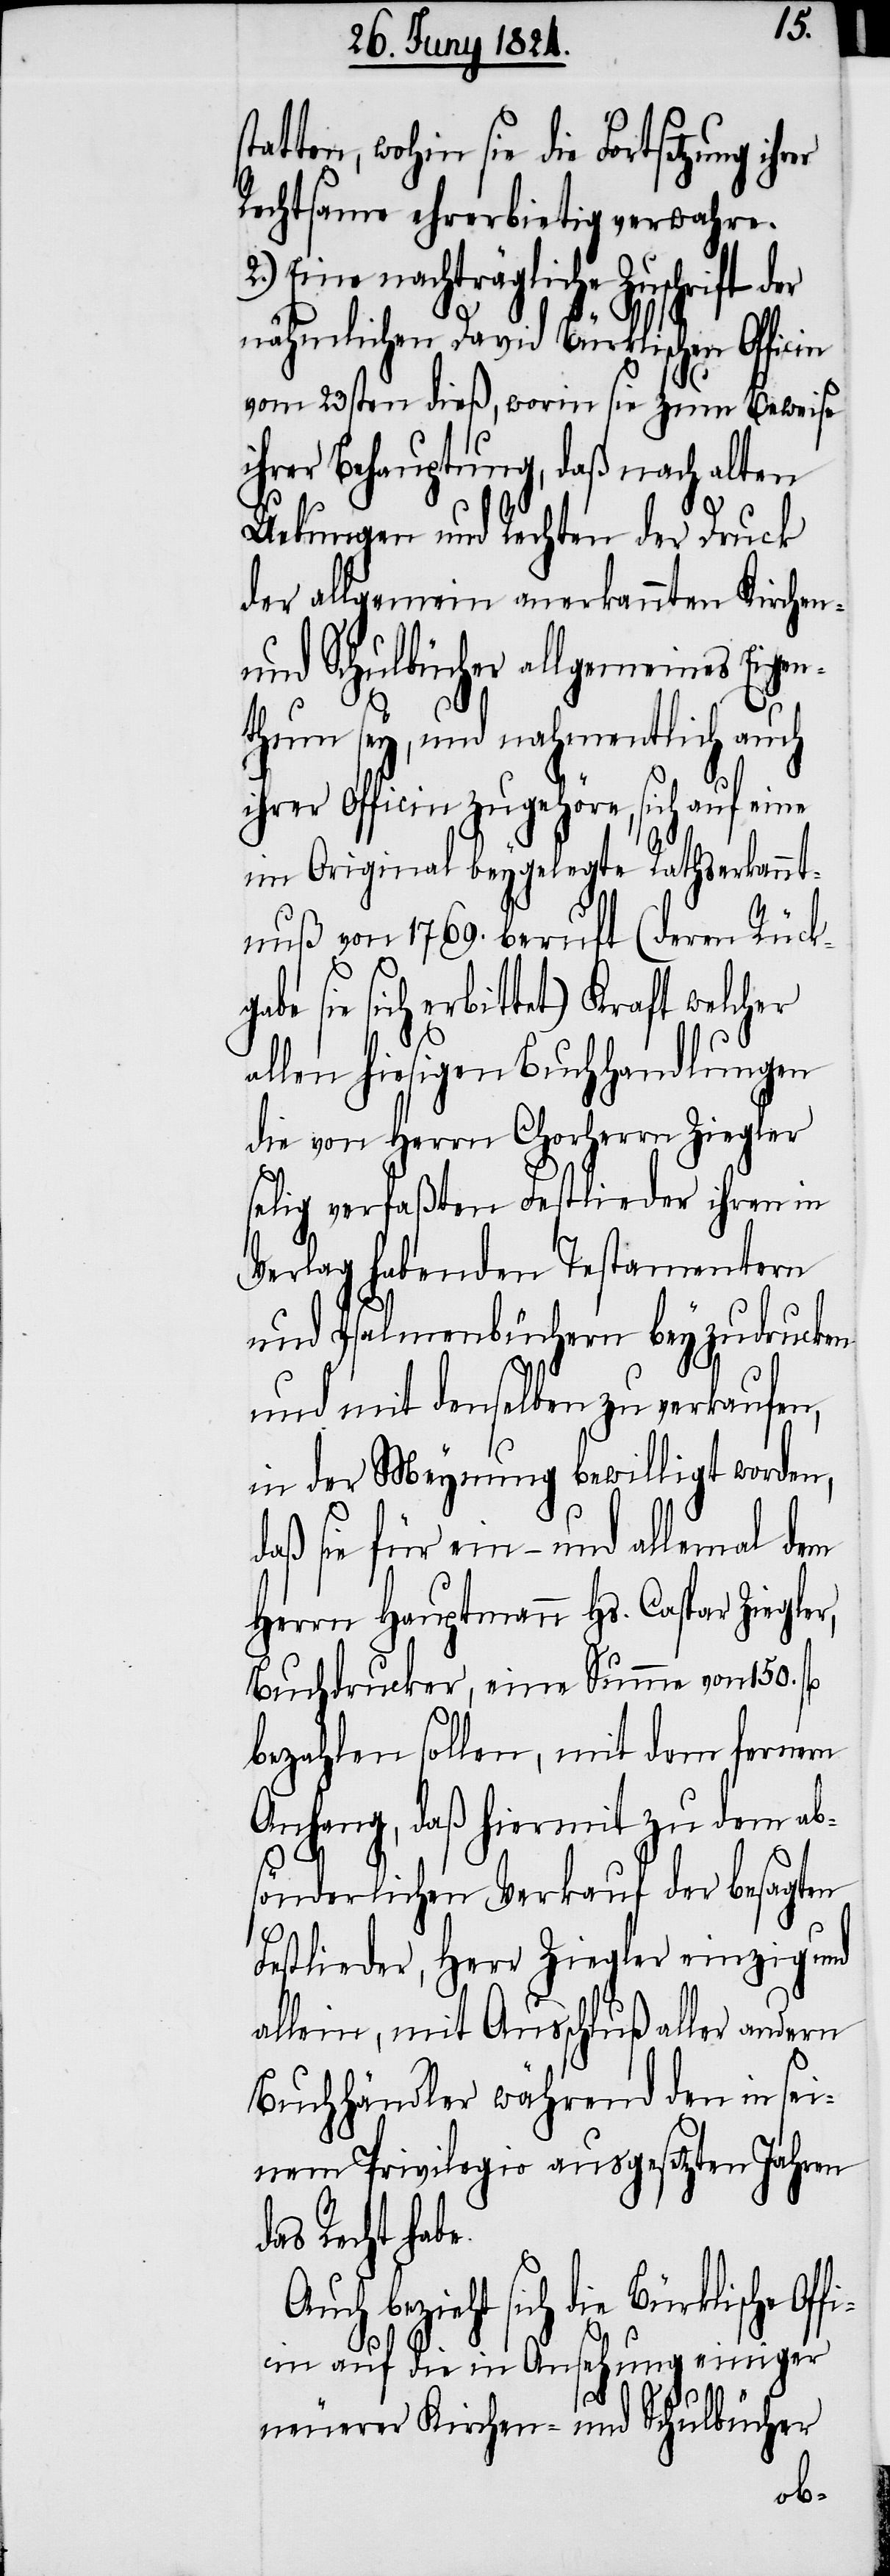
atten, wohin sie die Fortsetzung
Rechtsame ehrerbietig verwahre.
Eine nachträgliche Zuschrift
nähmlichen David Bürklischen Officin
vom 23sten dieß, worin sie zum Beweise
ihrer Behauptung, daß nach alten
Uebungen und Rechten der Druck
der allgemein anerkannten Kirchen-
und Schulbücher allgemeines Eige¬
nthum sey, und nahmentlich auch
ihrer Officin zugehöre, sich auf eine
im Original beygelegte Rathserkannt¬
nuß von 1769. beruft (deren Rückg¬
sie sich erbittet) Kraft welcher
allen hiesigen Buchhandlungen
die von Herrn Chorherrn Ziegler
selig verfaßten Festlieder ihren in
Verlag habenden Testamenten
und Psalmenbüchern beyzudrucken
und mit denselben zu verkaufen,
in der Meynung bewilligt worden,
daß sie für ein- und allemal dem
Herrn Hauptmann Hs. Caspar Ziegler,
Buchdrucker, eine Summe von 150.
bezahlen sollen, mit dem fernern
Anhang, daß hiermit zu dem ab¬
sönderlichen Verkauf der besagten
Festlieder, Herr Ziegler einzig und
allein, mit Ausschluß aller andern
Buchhändler während den in sei¬
nem Privilegio ausgesetzten Jahren
das Recht hab¬
bezieht sich die Bürklische Of¬
ficin auf die in Ansehung einiger
e.
neuerer Kirchen- und Schulbücher
abe